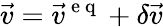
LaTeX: \vec{v}=\vec{v}^{\mathrm{~e~q~}}+\delta\vec{v}